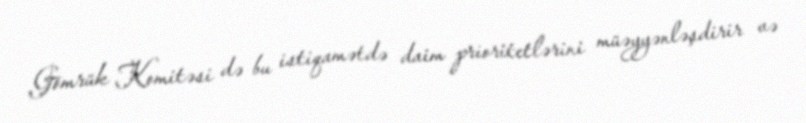
Gömrük Komitəsi də bu istiqamətdə daim prioritetlərini müəyyənləşdirir və